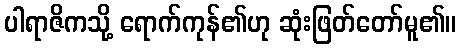
ပါရာဇိကသို့ ရောက်ကုန်၏ဟု ဆုံးဖြတ်တော်မူ၏။